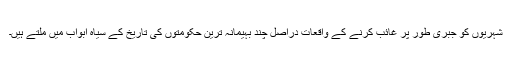
شہریوں کو جبری طور پر غائب کرنے کے واقعات دراصل چند بہیمانہ ترین حکومتوں کی تاریخ کے سیاہ ابواب میں ملتے ہیں۔